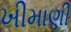
ખીમાણી